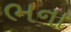
ભના